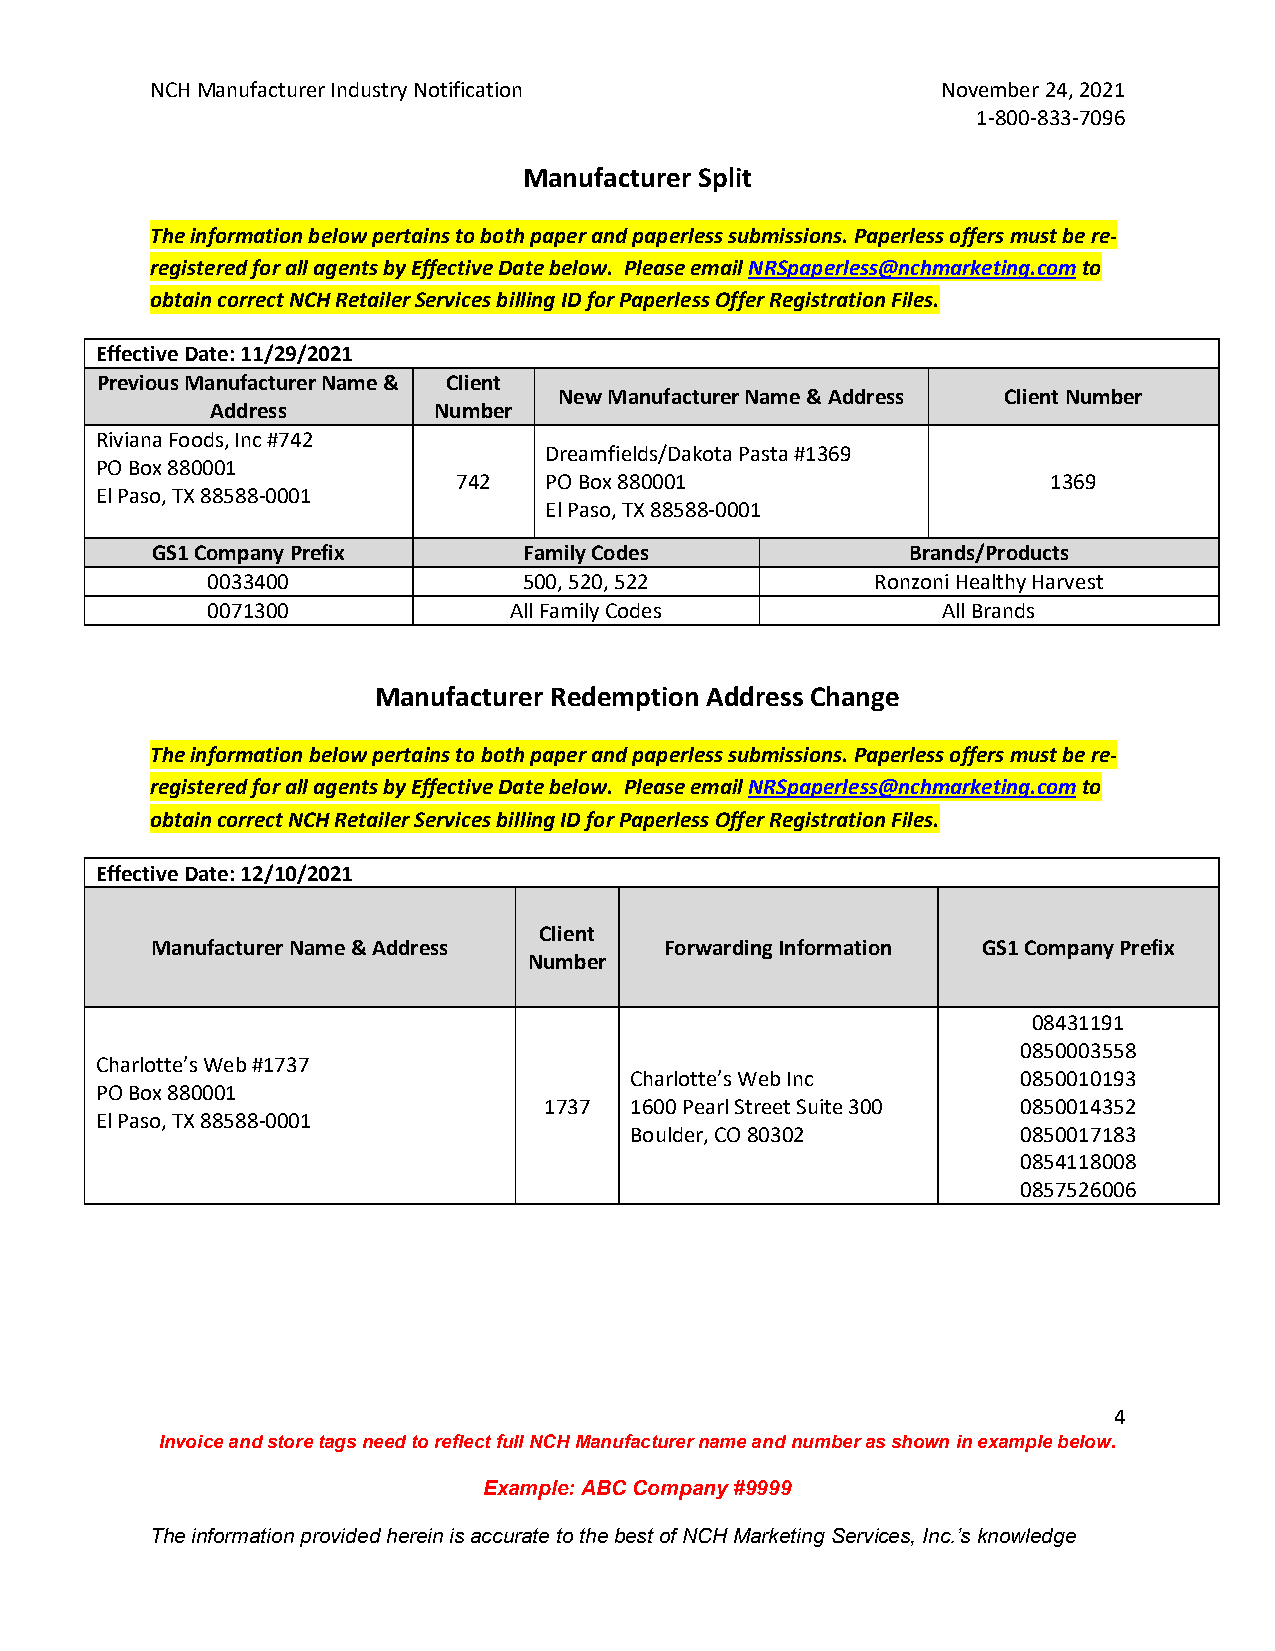
NCH Manufacturer Industry Notification              November 24, 2021
 1-800-833-7096
 Manufacturer Split
 The information below pertains to both paper and paperless submissions. Paperless offers must be re-
 registered for all agents by Effective Date below. Please email NRSpaperless@nchmarketing.com to
 obtain correct NCH Retailer Services billing ID for Paperless Offer Registration Files.
 Effective Date: 11/29/2021
 Previous Manufacturer Name & Client
 New Manufacturer Name & Address Client Number
 Address        Number
 Riviana Foods, Inc #742
 Dreamfields/Dakota Pasta #1369
 PO Box 880001
 742   PO Box 880001                     1369
 El Paso, TX 88588-0001
 El Paso, TX 88588-0001
 GS1 Company Prefix       Family Codes             Brands/Products
 0033400              500, 520, 522          Ronzoni Healthy Harvest
 0071300             All Family Codes            All Brands
 Manufacturer Redemption Address Change
 The information below pertains to both paper and paperless submissions. Paperless offers must be re-
 registered for all agents by Effective Date below. Please email NRSpaperless@nchmarketing.com to
 obtain correct NCH Retailer Services billing ID for Paperless Offer Registration Files.
 Effective Date: 12/10/2021
 Client
 Manufacturer Name & Address       Forwarding Information GS1 Company Prefix
 Number
 08431191
 0850003558
 Charlotte’s Web #1737
 Charlotte’s Web Inc       0850010193
 PO Box 880001
 1737  1600 Pearl Street Suite 300 0850014352
 El Paso, TX 88588-0001
 Boulder, CO 80302         0850017183
 0854118008
 0857526006
 4
 Invoice and store tags need to reflect full NCH Manufacturer name and number as shown in example below.
 Example: ABC Company #9999
 The information provided herein is accurate to the best of NCH Marketing Services, Inc.’s knowledge